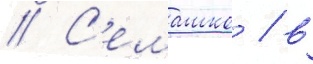
// С'емашко / в